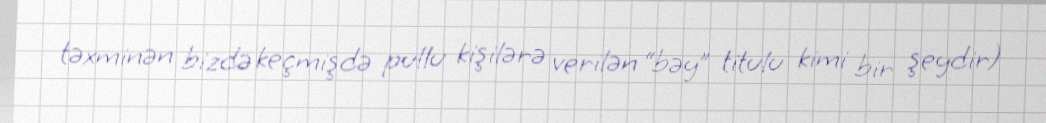
təxminən bizdə keçmişdə pullu kişilərə verilən “bəy” titulu kimi bir şeydir)